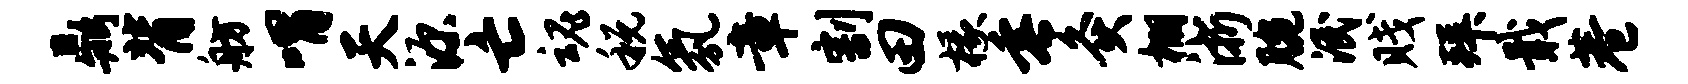
鼎背舫喟天源亡魂税氛章割田椽垂灸棚浙腕泯贱拜戢巷